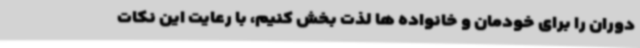
دوران را برای خودمان و خانواده ها لذت بخش کنیم، با رعایت این نکات